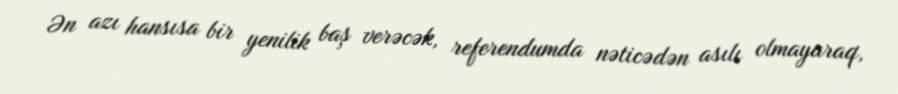
Ən azı hansısa bir yenilik baş verəcək, referendumda nəticədən asılı olmayaraq,